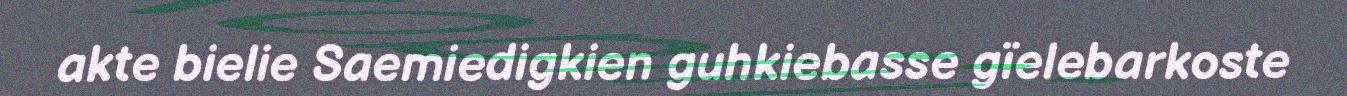
akte bielie Saemiedigkien guhkiebasse gïelebarkoste